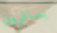
يسافرون